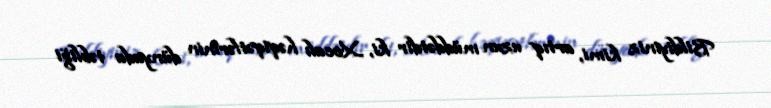
Bildiyiniz kimi, artıq uzun müddətdir ki, Xocalı həqiqətlərinin dünyada təbliği